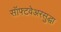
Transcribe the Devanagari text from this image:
सॉफ्टवेअरसुद्धा